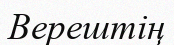
Верештің